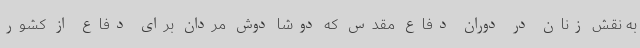
به نقش زنان در دوران دفاع مقدس که دوشا دوش مردان برای دفاع از کشور